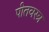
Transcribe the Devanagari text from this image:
पीतवस्त्र